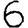
Digit: 6